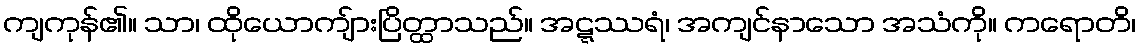
ကျကုန်၏။ သာ၊ ထိုယောကျ်ားပြိတ္ထာသည်။ အဋ္ဋဿရံ၊ အကျင်နာသော အသံကို။ ကရောတိ၊